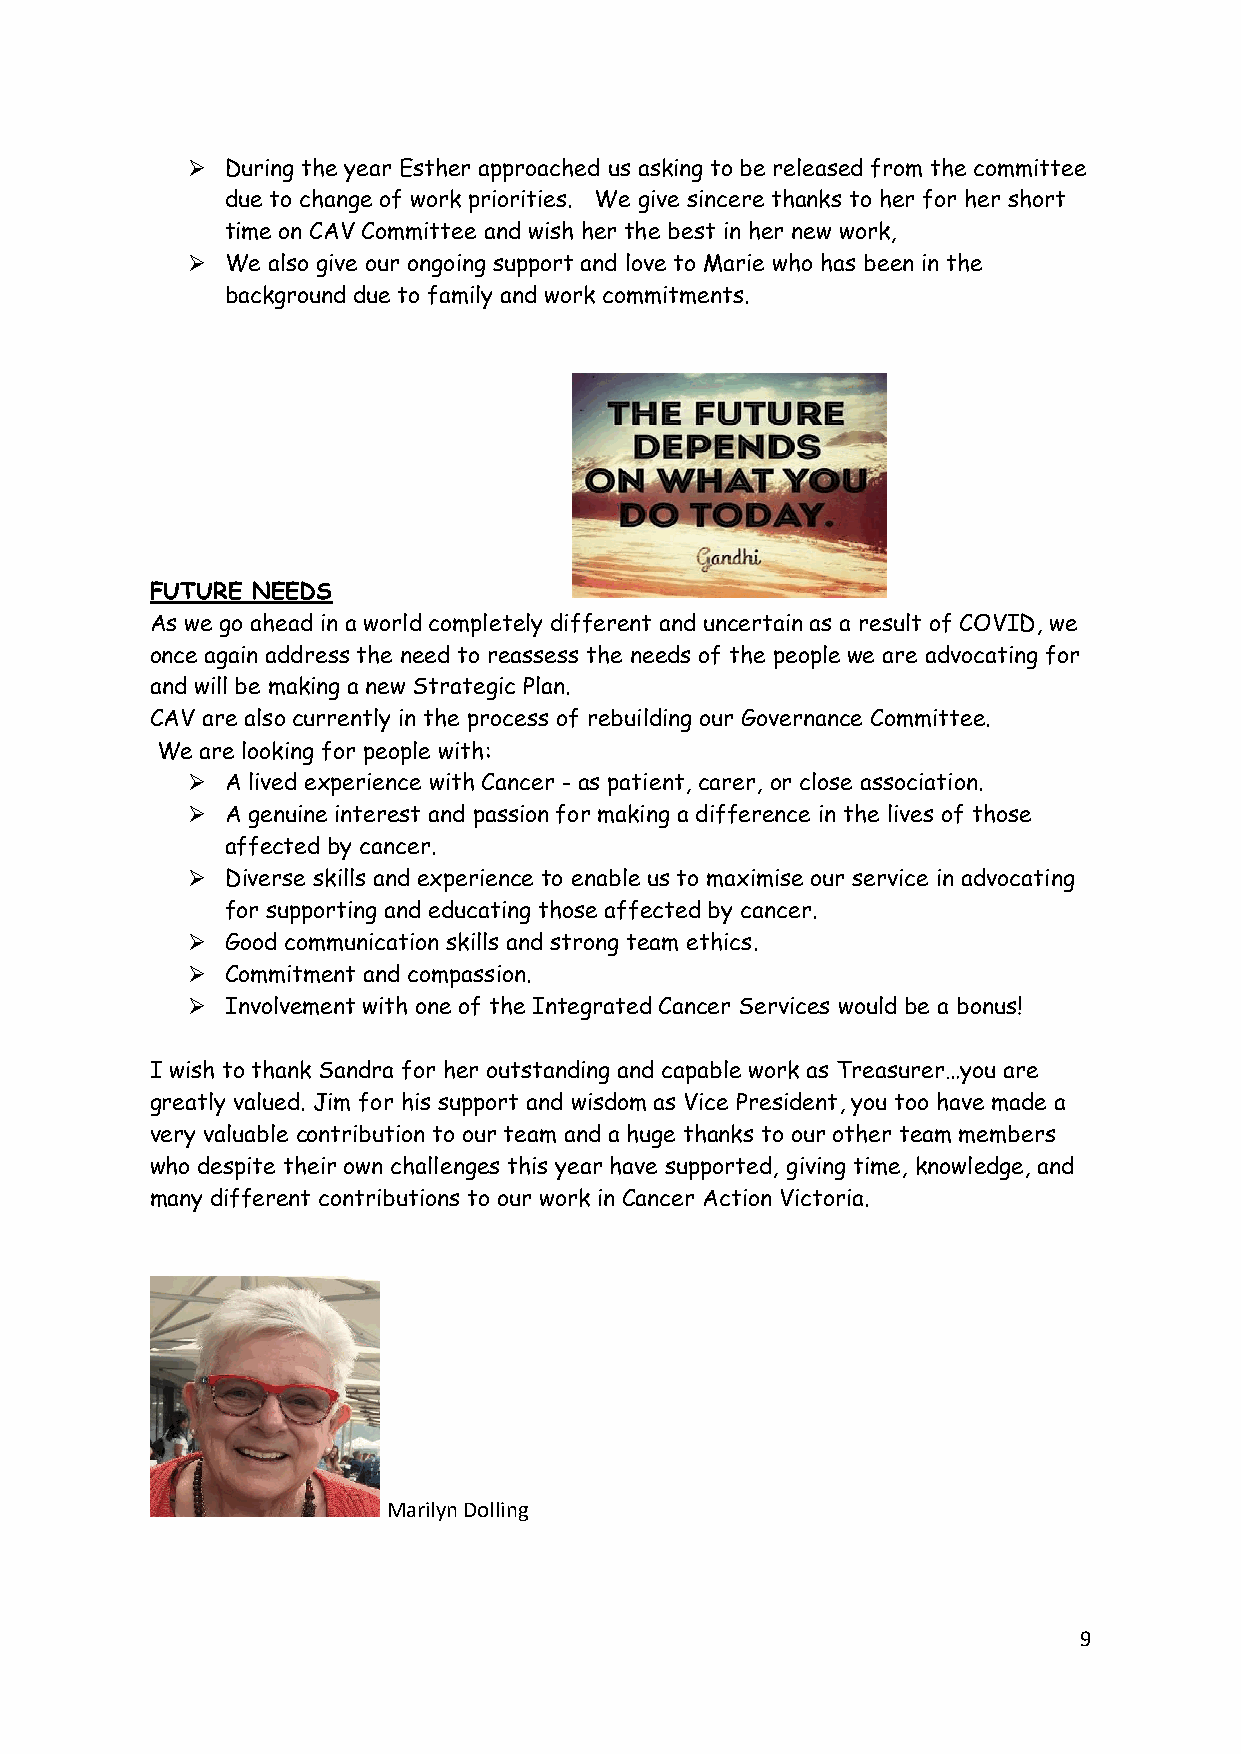
➢  During the year Esther approached us asking to be released from the committee
 due to change of work priorities. We give sincere thanks to her for her short
 time on CAV Committee and wish her the best in her new work,
 ➢  We also give our ongoing support and love to Marie who has been in the
 background due to family and work commitments.
 FUTURE NEEDS
 As we go ahead in a world completely different and uncertain as a result of COVID, we
 once again address the need to reassess the needs of the people we are advocating for
 and will be making a new Strategic Plan.
 CAV are also currently in the process of rebuilding our Governance Committee.
 We are looking for people with:
 ➢  A lived experience with Cancer - as patient, carer, or close association.
 ➢  A genuine interest and passion for making a difference in the lives of those
 affected by cancer.
 ➢  Diverse skills and experience to enable us to maximise our service in advocating
 for supporting and educating those affected by cancer.
 ➢  Good communication skills and strong team ethics.
 ➢  Commitment and compassion.
 ➢  Involvement with one of the Integrated Cancer Services would be a bonus!
 I wish to thank Sandra for her outstanding and capable work as Treasurer…you are
 greatly valued. Jim for his support and wisdom as Vice President, you too have made a
 very valuable contribution to our team and a huge thanks to our other team members
 who despite their own challenges this year have supported, giving time, knowledge, and
 many different contributions to our work in Cancer Action Victoria.
 Marilyn Dolling
 9